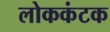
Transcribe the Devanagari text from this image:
लोककंटक